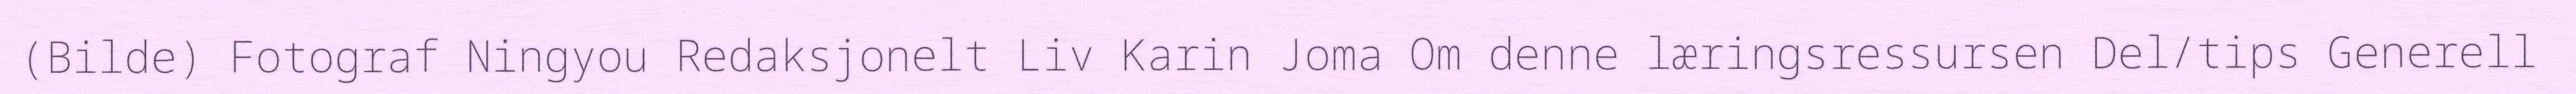
(Bilde) Fotograf Ningyou Redaksjonelt Liv Karin Joma Om denne læringsressursen Del/tips Generell